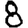
Digit: 8